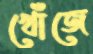
খোঁজে